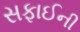
સફાઈની